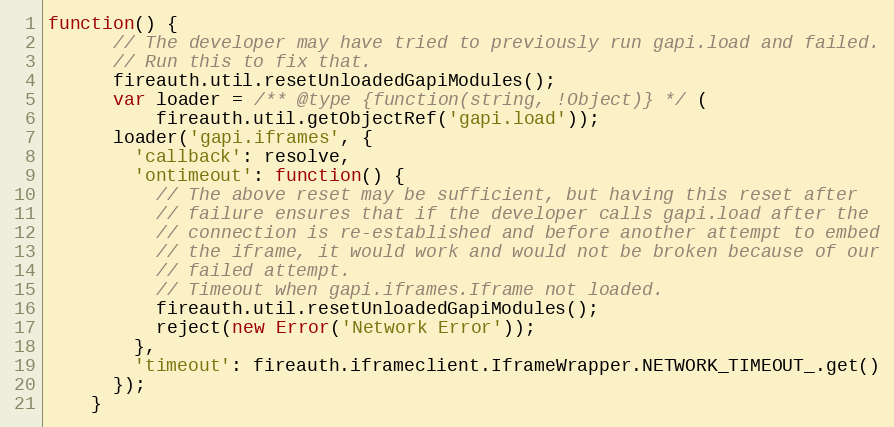
Language: JavaScript
function() {
      // The developer may have tried to previously run gapi.load and failed.
      // Run this to fix that.
      fireauth.util.resetUnloadedGapiModules();
      var loader = /** @type {function(string, !Object)} */ (
          fireauth.util.getObjectRef('gapi.load'));
      loader('gapi.iframes', {
        'callback': resolve,
        'ontimeout': function() {
          // The above reset may be sufficient, but having this reset after
          // failure ensures that if the developer calls gapi.load after the
          // connection is re-established and before another attempt to embed
          // the iframe, it would work and would not be broken because of our
          // failed attempt.
          // Timeout when gapi.iframes.Iframe not loaded.
          fireauth.util.resetUnloadedGapiModules();
          reject(new Error('Network Error'));
        },
        'timeout': fireauth.iframeclient.IframeWrapper.NETWORK_TIMEOUT_.get()
      });
    }